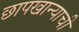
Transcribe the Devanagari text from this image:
छापखान्याची